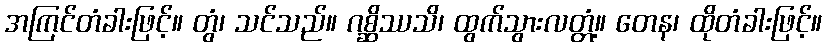
အကြင်တံခါးဖြင့်။ တွံ၊ သင်သည်။ ဂစ္ဆိဿသိ၊ ထွက်သွားလတ္တံ့။ တေန၊ ထိုတံခါးဖြင့်။